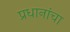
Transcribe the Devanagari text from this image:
प्रधानांचा